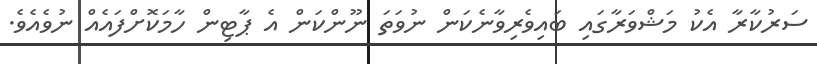
ސަރުކާރާ އެކު މަޝްވަރާގައި ބައިވެރިވާނެކަން ނުވަތަ ނޫންކަން އެ ޕާޓިން ހާމަކޮށްފައެއް ނުވެއެވެ.